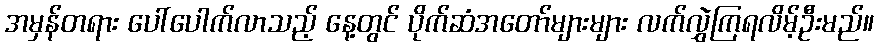
အမှန်တရား ပေါ်ပေါက်လာသည့် နေ့တွင် ပိုက်ဆံအတော်များများ လက်လွှဲကြရလိမ့်ဦးမည်။